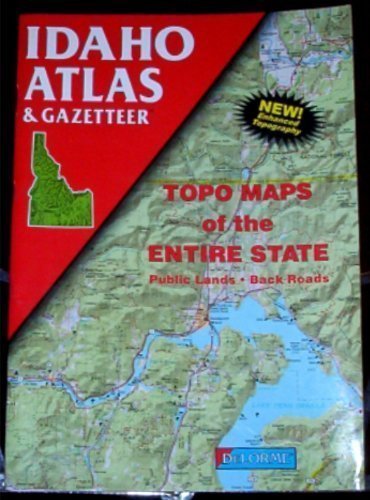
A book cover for Idaho Atlas and Gazetteer (State Atlas & Gazetteer); Delorme; Travel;